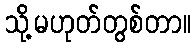
သို့မဟုတ်တွစ်တာ။